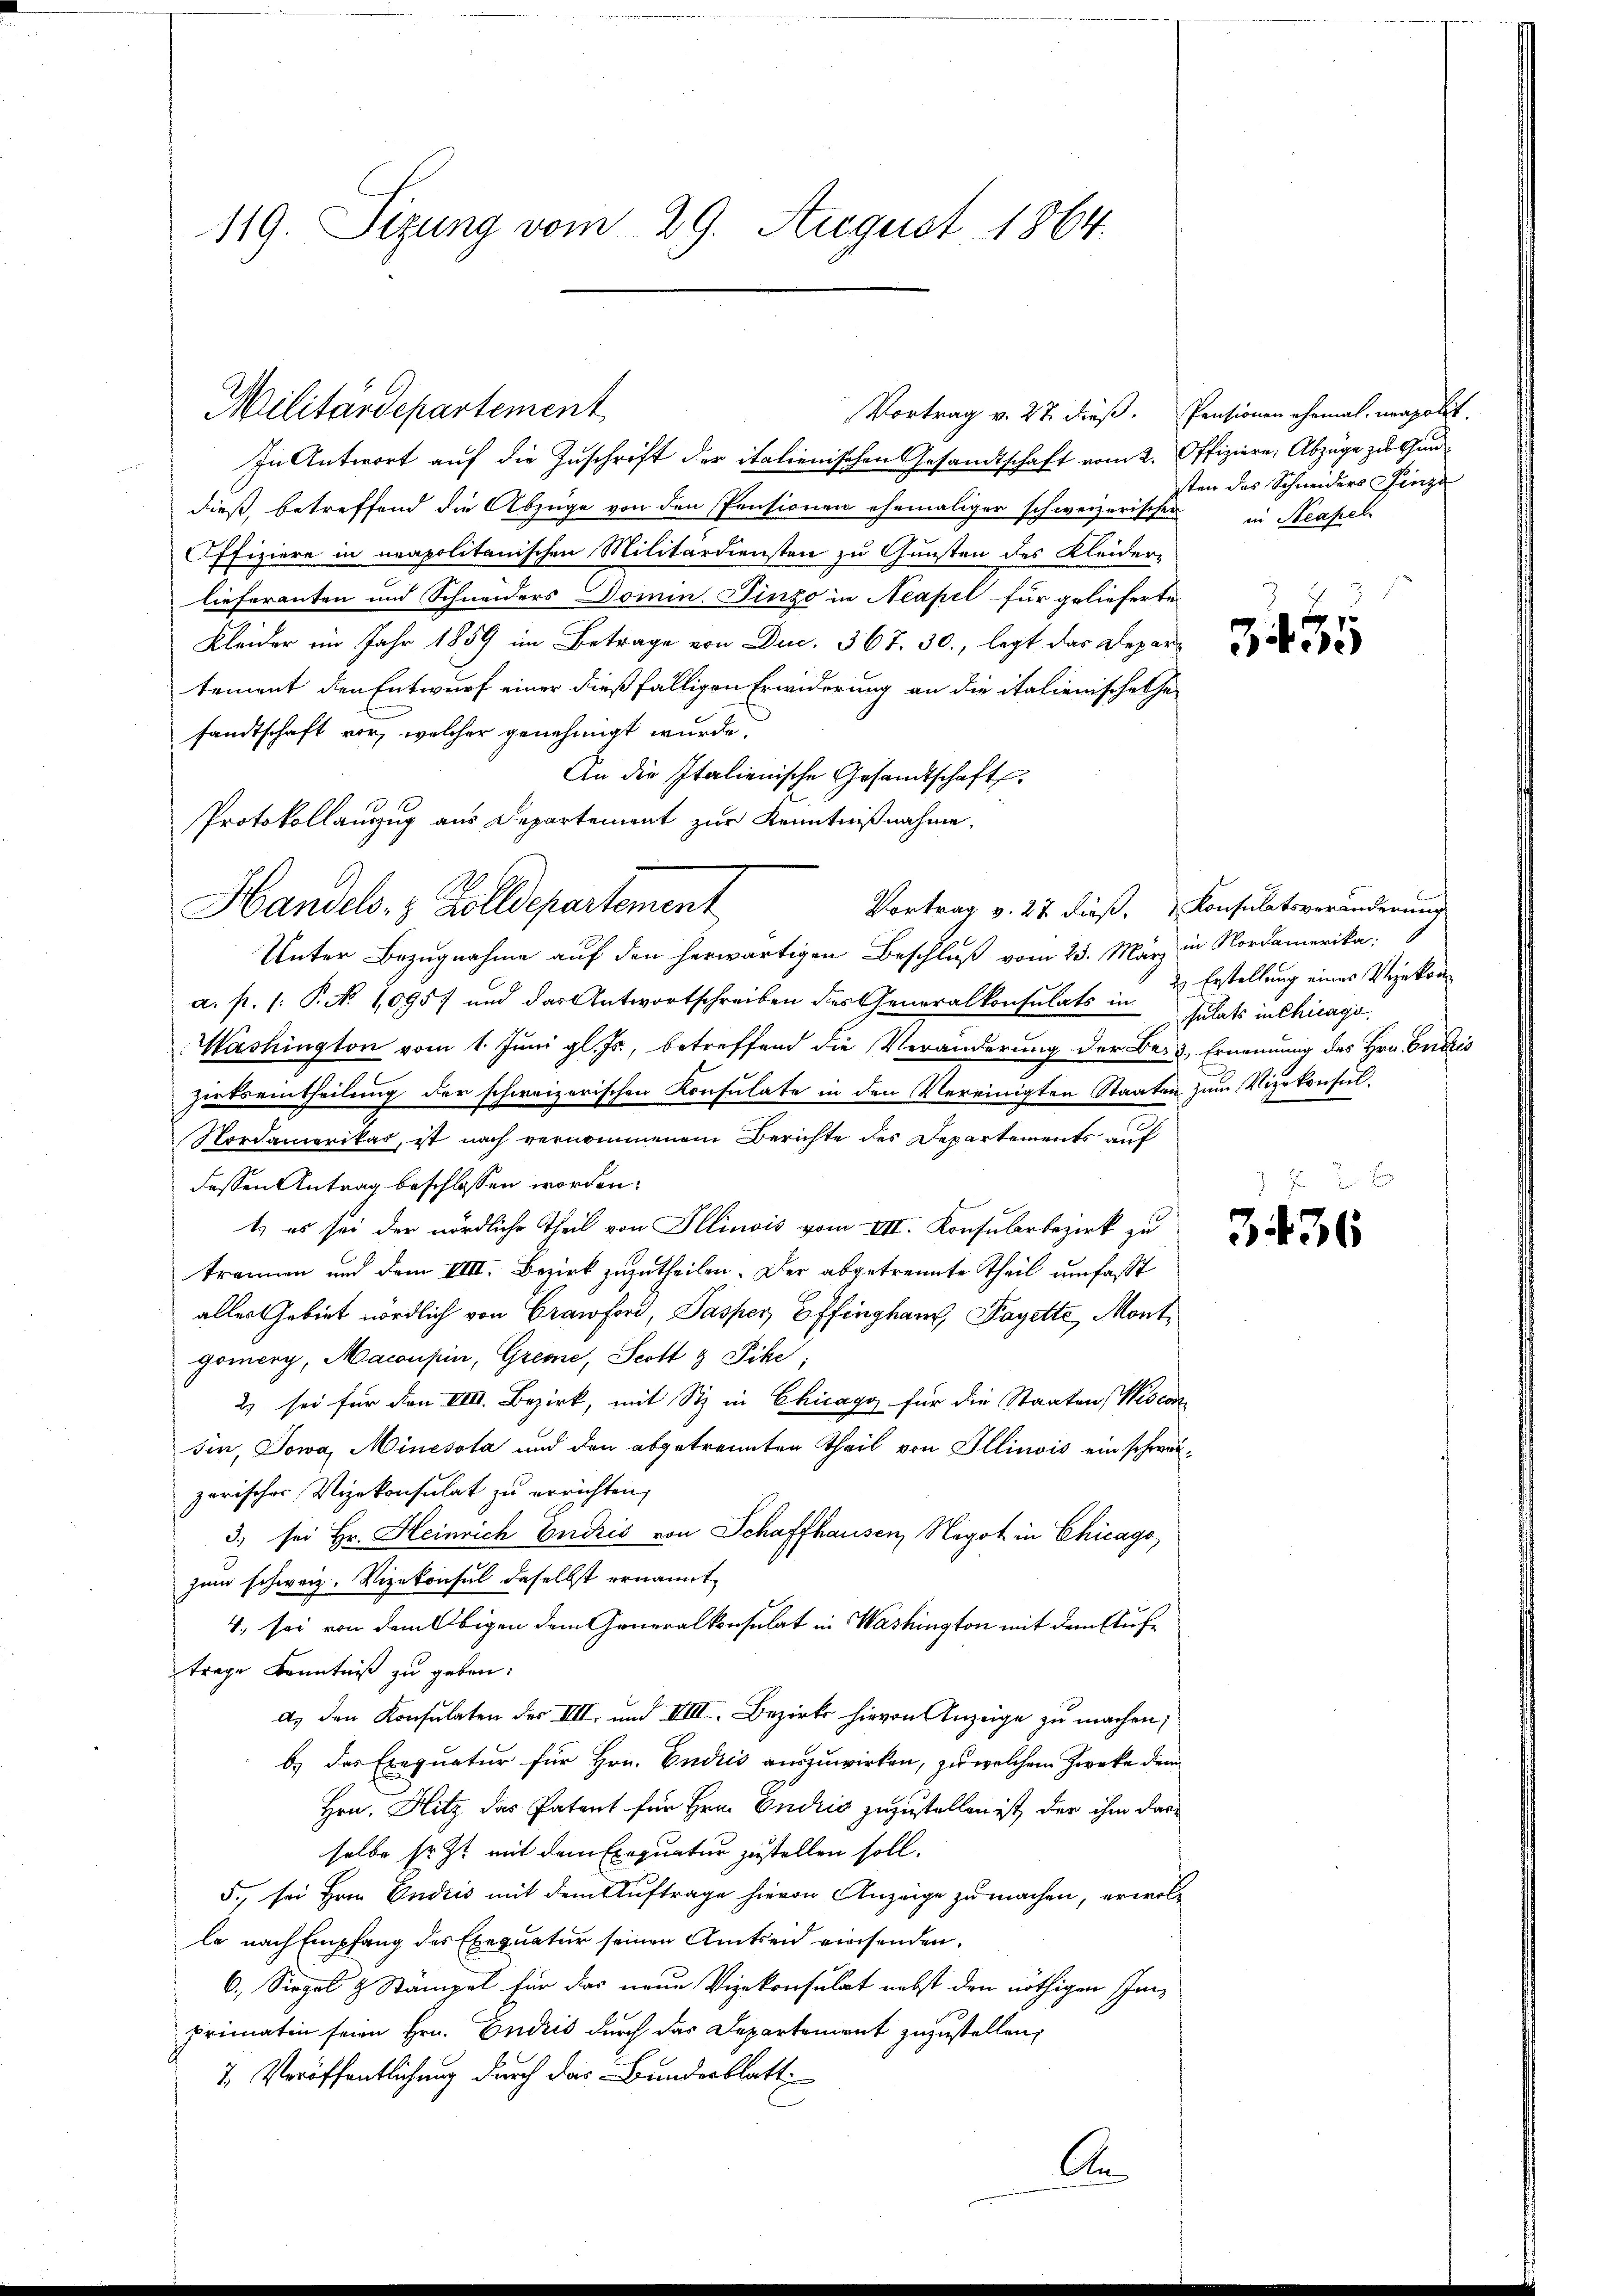
119. Sizung vom 29. August 1864.

Militärdepartement

Protokollauszug aus Departement zur Kenntnißnahme.
Handels- & Zolldepartement
Vortrag v. 27 dieß. Konsulatsveränderung

Vortrag v. 27. dieß. Pensionen ehemal, neapolit.
In Antwort auf die Inschrift der italienischen Gesandtschaft vom 2. Offiziere, Abzüge zu Gundieß, betreffend die Abzüge von den Pensionen ehemaliger schweizerischen
Offiziere in neapolitanischen Militärdiensten zu Gunsten des Kleider-
lieferanten und Schneiders Domin. Finzo in Neapel für gelieferte
Kleider im Jahr 1859 im Betrage von Duc. 367. 30., legt das Departement den Entwurf einer dießfälligen Erwiderung an die italienische Gesandtschaft vor, welcher genehmigt wurde.
An die Italienische Gesandtschaft
Unter Bezugnahme auf den herwärtigen Beschluß vom 23. März in Nordamerika
a. p. 1. P. No 1095. und das Antwortschreiben des Generalkonsulats in Gulats in Chicago
Washington vom 1. Juni gl. Js., betreffend die Veränderung der Be- & Ernennung des Hrn. Endris
zirkseintheilung der schweizerischen Konsulate in den Vereinigten Staaten zum Vizekonsul¬
Nordamerikas, ist nach vernommenen Berichte des Departements auf
dessen Antrag beschlossen worden.
1.) es sei der nördliche Theil von Illinois vom VII. Konsularbezirk zu
trennen und dem VIII. Bezirk zuzutheilen. Der abgetrennte Theil umfaßt
alles Gebiet nördlich von Cranford, Pasper Effingham, Payette, Mont
gomery, Macousin, Greme, Scott & Sihl,
2) sei für den VIII. Bezirk, mit Siz in Chicago für die Staaten Visconsin, Jowa, Minesota und den abgetrennten Theil von Illinois ein schweizorischer Vizekonsulat zu errichten,
3.) sei Hr. Heinrich Endris von Schaffhausen, Negot in Chicago,
zum schweiz. Vizekonsul daselbst ernannt,
4. sei von dem Obigen dem Generalkonsulat in Washington mit dem Auftrage Kenntniß zu geben.
d) den Konsulaten des IIII. und IIIII. Bezirks hievon Anzeige zu machen;
b.) das Exequatur für Hrn. Endiis auszuwirken, zu welchem Zwecke dem
Hrn. Hitz das Patent für Hrn. Endris zuzustellen ist, der ihm dasselbe sr. Zt. mit dem Exequatur zustellen soll.
5. sei Hrn. Endris mit dem Auftrage hievon Anzeige zu machen, erwolle nach Empfang des Exequatur seinen Amtseid einsenden.
6. Siegel & Stämpel für das neue Vizekonsulat nebst den nöthigen Innprimatin seien Hrn. Endeis durch das Departement zuzustellen;
7. Veröffentlichung durch das Bundesblatt
An

sten das Schneiders Finza
in Neapel

2) Erstellung eines Vergekom
7 f 0 x

3. 35

336